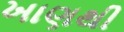
ખાણથી